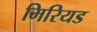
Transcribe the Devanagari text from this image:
मिरियड